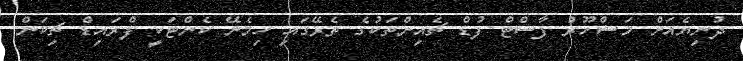
ދުނިޔެއަށް މަޝްހޫރު ފާސްޓް ފުޑް ޗެއިންތަކުގެ ތެރޭގައި ހިމެނޭ ކެންޓަކީ ފްރައިޑް ޗިކަން